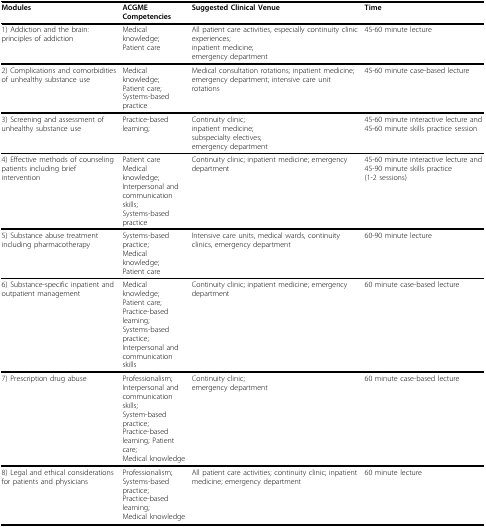
| Modules | ACGME Competencies | Suggested Clinical Venue | Time |
 | --- | --- | --- | --- |
 | 1) Addiction and the brain: principles of addiction | Medical knowledge;Patient care | All patient care activities, especially continuity clinic experiences;inpatient medicine;emergency department | 45-60 minute lecture |
 | 2) Complications and comorbidities of unhealthy substance use | Medical knowledge;Patient care;Systems-based practice | Medical consultation rotations; inpatient medicine; emergency department; intensive care unit rotations | 45-60 minute case-based lecture |
 | 3) Screening and assessment of unhealthy substance use | Practice-based learning; | Continuity clinic;inpatient medicine;subspecialty electives;emergency department | 45-60 minute interactive lecture and 45-60 minute skills practice session |
 | 4) Effective methods of counseling patients including brief intervention | Patient careMedical knowledge;Interpersonal and communication skills;Systems-based practice | Continuity clinic; inpatient medicine; emergency department | 45-60 minute interactive lecture and 45-90 minute skills practice (1-2 sessions) |
 | 5) Substance abuse treatment including pharmacotherapy | Systems-based practice;Medical knowledge;Patient care | Intensive care units, medical wards, continuity clinics, emergency department | 60-90 minute lecture |
 | 6) Substance-specific inpatient and outpatient management | Medical knowledge;Patient care;Practice-based learning;Systems-based practice;Interpersonal and communication skills | Continuity clinic; inpatient medicine; emergency department | 60 minute case-based lecture |
 | 7) Prescription drug abuse | Professionalism;Interpersonal and communication skills;System-based practice;Practice-based learning; Patient care;Medical knowledge | Continuity clinic;emergency department | 60 minute case-based lecture |
 | 8) Legal and ethical considerations for patients and physicians | Professionalism;Systems-based practice;Practice-based learning;Medical knowledge | All patient care activities; continuity clinic; inpatient medicine; emergency department | 60 minute lecture |